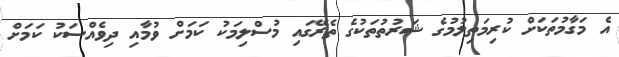
އެ މަގާމުތަކަށް ކުރިމަތިލުމުގެ ޝަރުތުތަކުގެ ތެރޭގައި މުސްލިމަކު ކަމަށް ވުމާއި ދިވެއްސަކު ކަމަށް